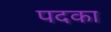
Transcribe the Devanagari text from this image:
पदका